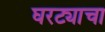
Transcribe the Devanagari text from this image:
घरट्याचा